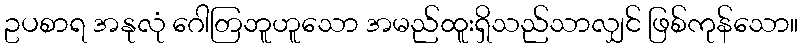
ဥပစာရ အနုလုံ ဂေါတြဘူဟူသော အမည်ထူးရှိသည်သာလျှင် ဖြစ်ကုန်သော။